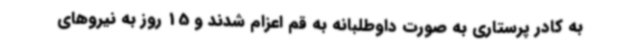
به کادر پرستاری به صورت داوطلبانه به قم اعزام شدند و 15 روز به نیروهای